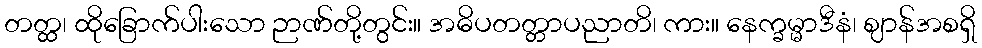
တတ္ထ၊ ထိုခြောက်ပါးသော ဉာဏ်တို့တွင်း။ အဓိပတတ္တာပညာတိ၊ ကား။ နေက္ခမ္မာဒီနံ၊ ဈာန်အစရှိ